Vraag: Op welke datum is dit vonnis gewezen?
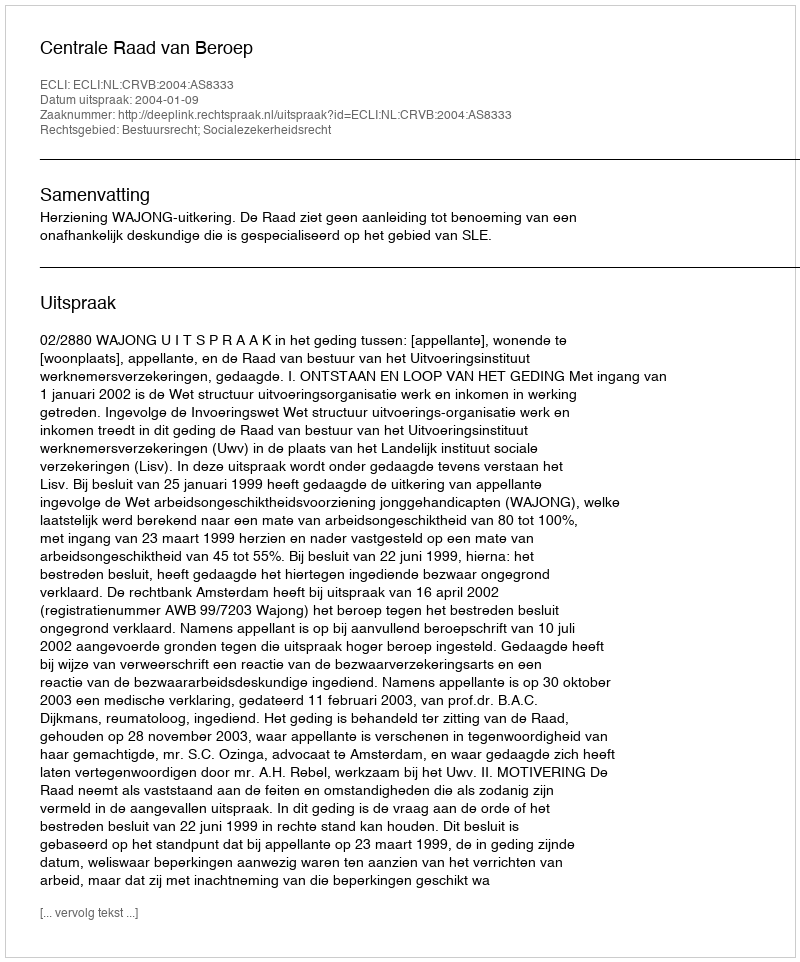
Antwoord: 2004-01-09